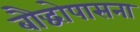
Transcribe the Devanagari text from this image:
बौद्धोपासना